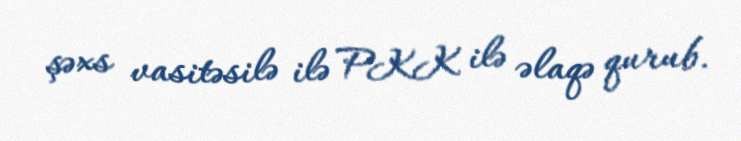
şəxs vasitəsilə ilə PKK ilə əlaqə qurub.